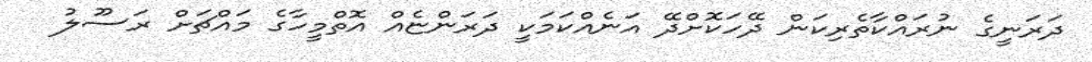
ދަރަނީގެ ނުރައްކާތެރިކަން ދޭހަކޮށްދޭ އަނެއްކަމަކީ ދަރަންޏެއް އޮތްމީހާގެ މައްޗަށް ރަސޫލު